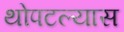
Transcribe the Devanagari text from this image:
थोपटल्यास